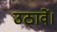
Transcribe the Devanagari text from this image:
उठावें।